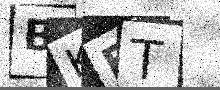
Text: BKET